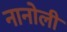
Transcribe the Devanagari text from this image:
नानोली